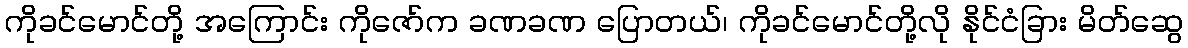
ကိုခင်မောင်တို့ အကြောင်း ကိုဇော်က ခဏခဏ ပြောတယ်၊ ကိုခင်မောင်တို့လို နိုင်ငံခြား မိတ်ဆွေ